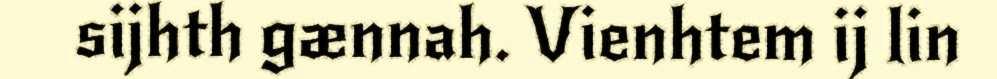
sijhth gænnah. Vienhtem ij lin